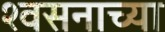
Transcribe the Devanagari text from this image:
श्वसनाच्या